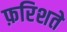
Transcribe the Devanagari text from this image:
फ़रिशते